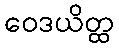
ဝေဒယိတ္ထ